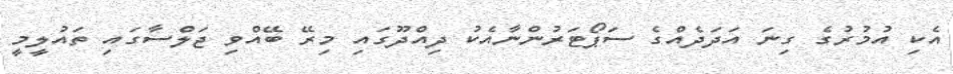
އެކި އުމުރުގެ ގިނަ އަދަދެއްގެ ސަޕޯޓަރުންނާއެކު ދިއްދޫގައި މިރޭ ބޭއްވި ޖަލްސާގައި ތައުލީމީ